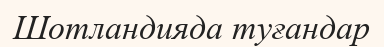
Шотландияда туғандар